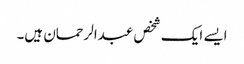
ایسے ایک شخص عبدالرحمان ہیں۔